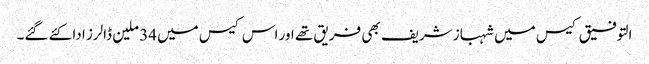
التوفیق کیس میں شہباز شریف بھی فریق تھے اور اس کیس میں 34 ملین ڈالرز ادا کئے گئے۔